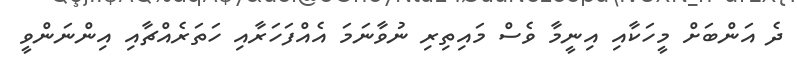
ދެ އަންބަށް މީހަކާއި އިނީމާ ވެސް މައިތިރި ނުވާނަމަ އެއްފަހަރާއި ހަތަރެއްޗާއި އިންނަންވީ